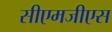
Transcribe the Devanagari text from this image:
सीएमजीएस